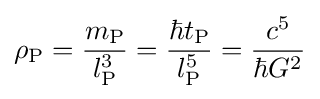
\rho _{\text{P}}={\frac {m_{\text{P}}}{l_{\text{P}}^{3}}}={\frac {\hbar t_{\text{P}}}{l_{\text{P}}^{5}}}={\frac {c^{5}}{\hbar G^{2}}}